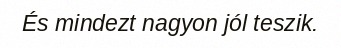
És mindezt nagyon jól teszik.